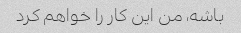
باشه، من این کار را خواهم کرد